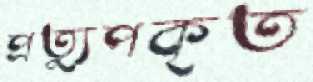
প্রত্যুপকৃত